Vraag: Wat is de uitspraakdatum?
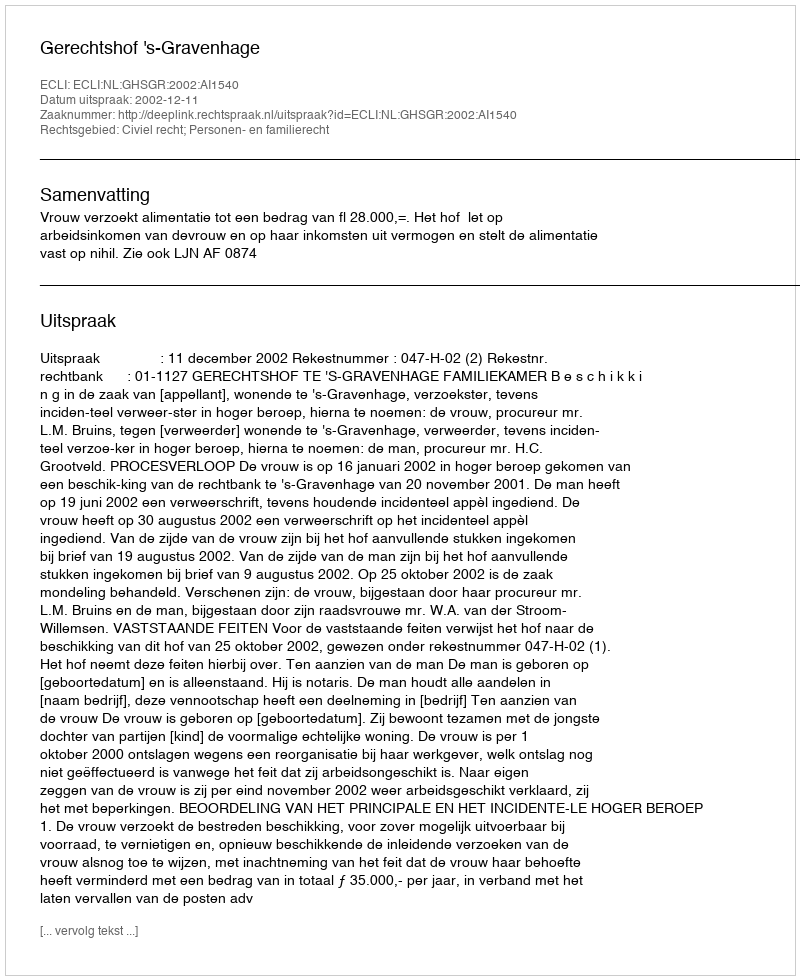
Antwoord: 2002-12-11